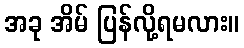
အခု အိမ် ပြန်လို့ရမလား။